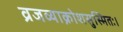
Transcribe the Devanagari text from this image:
व्रजव्याक्रोशसुस्मितः।